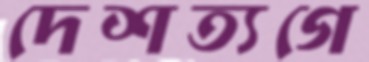
দেশত্যগে